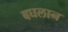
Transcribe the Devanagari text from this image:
बघलान